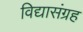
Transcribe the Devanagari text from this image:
विद्यासंग्रह